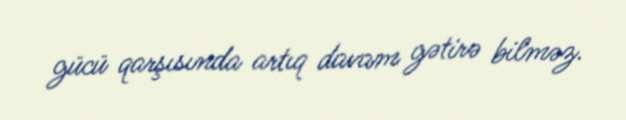
gücü qarşısında artıq davam gətirə bilməz.